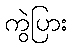
ကွဲပြား